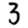
Digit: 3